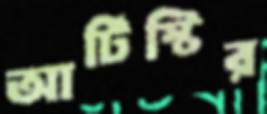
আর্টিস্টির